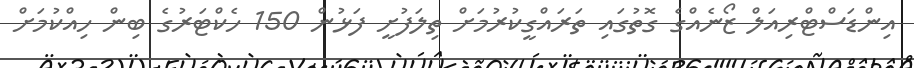
އިންޑަސްޓްރިއަލް ޒޯނެއްގެ ގޮތުގައި ތަރައްގީކުރުމަށް ތިލަފުށީ ފަޅުން 150 ހެކްޓަރުގެ ބިން ހިއްކުމަށް